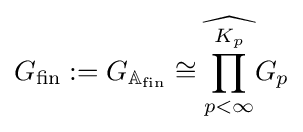
G_{\text{fin}}:=G_{\mathbb {A} _{\text{fin}}}\cong {\widehat {\prod _{p<\infty }^{K_{p}}}}G_{p}